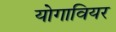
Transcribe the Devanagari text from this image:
योगावियर